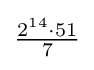
{\tfrac {2^{14}\cdot 51}{7}}